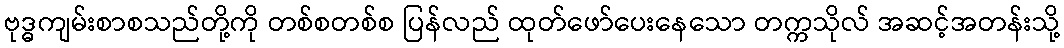
ဗုဒ္ဓကျမ်းစာစသည်တို့ကို တစ်စတစ်စ ပြန်လည် ထုတ်ဖော်ပေးနေသော တက္ကသိုလ် အဆင့်အတန်းသို့